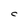
Character: C